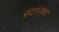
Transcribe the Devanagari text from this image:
स्टारका